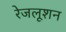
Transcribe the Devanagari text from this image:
रेजलूशन